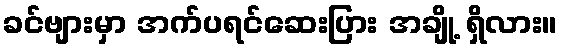
ခင်ဗျားမှာ အက်ပရင်ဆေးပြား အချို့ ရှိလား။